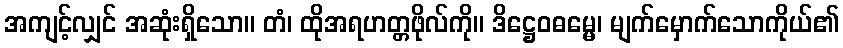
အကျင့်လျှင် အဆုံးရှိသော။ တံ၊ ထိုအရဟတ္တဖိုလ်ကို။ ဒိဋ္ဌေဝဓမ္မေ၊ မျက်မှောက်သောကိုယ်၏